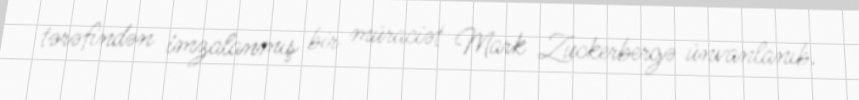
tərəfindən imzalanmış bir müraciət Mark Zuckerbergə ünvanlanıb.